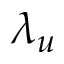
\lambda _ { u }